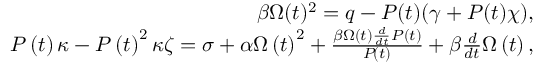
\begin{array} { r } { \beta \Omega ( t ) ^ { 2 } = q - P ( t ) ( \gamma + P ( t ) \chi ) , } \\ { P \left( t \right) \kappa - P \left( t \right) ^ { 2 } \kappa \zeta = \sigma + \alpha \Omega \left( t \right) ^ { 2 } + \frac { \beta \Omega \left( t \right) \frac { d } { d t } P \left( t \right) } { P \! \left( t \right) } + \beta \frac { d } { d t } \Omega \left( t \right) , } \end{array}